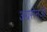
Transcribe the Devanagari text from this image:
अग्रसेनजी